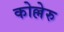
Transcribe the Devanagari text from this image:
कोल्लेरु